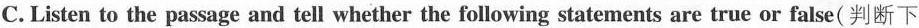
C. Listen to the passage and tell whether the following statements are true or false（判断下